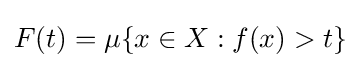
F(t)=\mu \{x\in X:f(x)>t\}